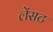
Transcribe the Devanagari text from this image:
लेंसट